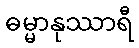
ဓမ္မာနုဿာရီ